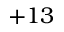
+ 1 3